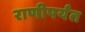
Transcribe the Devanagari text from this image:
राणीपर्यंत